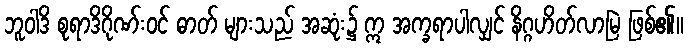
ဘူဝါဒိ စုရာဒိဂိုဏ်းဝင် ဓာတ် များသည် အဆုံး၌ ဣ အက္ခရာပါလျှင် နိဂ္ဂဟိတ်လာမြဲ ဖြစ်၏။